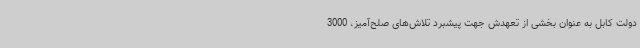
دولت کابل به عنوان بخشی از تعهدش جهت پیشبرد تلاش‌های صلح‌آمیز، 3000